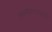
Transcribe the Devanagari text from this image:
लक्ष्मीसरस्वती